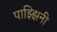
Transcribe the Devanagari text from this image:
पाझ्झिनी